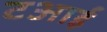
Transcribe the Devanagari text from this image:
टआई